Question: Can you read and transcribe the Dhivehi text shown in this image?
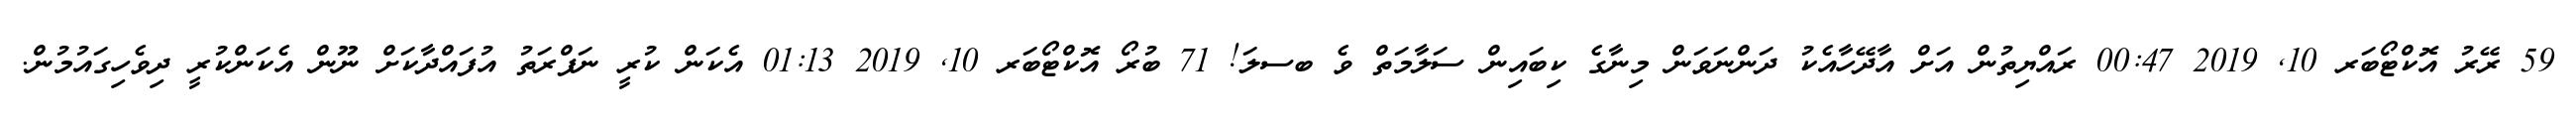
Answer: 59 ރޭރު އޮކްޓޯބަރ 10, 2019 00:47 ރައްޔިތުން އަށް އާދޭހާއެކު ދަންނަވަން މިނާގެ ކިބައިން ސަލާމަތް ވެ ބސލަ! 71 ބުރޯ އޮކްޓޯބަރ 10, 2019 01:13 އެކަން ކުރީ ނަފްރަތު އުފައްދާކަށް ނޫން އެކަންކުރީ ދިވެހިގައުމުން.